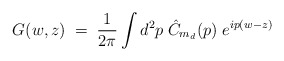
\begin{align*}G(w,z) \; = \; \frac{1}{2\pi} \int d^2p \; \hat{C}_{m_d}(p) \; e^{ip(w-z)}\end{align*}